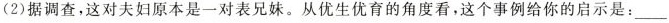
(2) 据调查，这对夫妇原本是一对表兄妹。从优生优育的角度看，这个事例给你的启示是：___